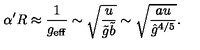
\alpha ^ { \prime } R \approx \frac { 1 } { g _ { \mathrm { e f f } } } \sim \sqrt { \frac { u } { \tilde { g } \tilde { b } } } \sim \sqrt { \frac { a u } { { \hat { g } } ^ { 4 / 5 } } } .